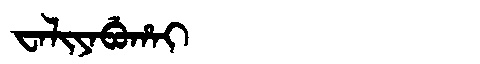
Manchu: ᠸᠠᠯᡳᠶᠠᠪᡠᡥᠠᡳ
Romanization: WALIYABUHAI